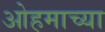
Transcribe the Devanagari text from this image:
ओहमाच्या